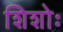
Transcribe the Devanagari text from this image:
शिशोः